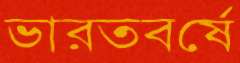
ভারতবর্ষে